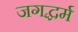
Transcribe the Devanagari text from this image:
जगद्धर्म